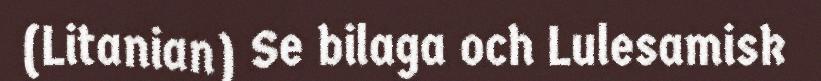
(Litanian) Se bilaga och Lulesamisk